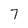
Character: 7